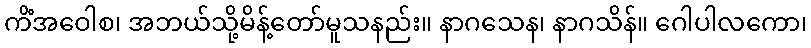
ကိံအဝေါစ၊ အဘယ်သို့မိန့်တော်မူသနည်း။ နာဂသေန၊ နာဂသိန်။ ဂေါပါလကော၊